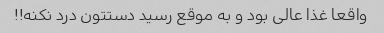
واقعا غذا عالی بود و به موقع رسید دستتون درد نکنه!!